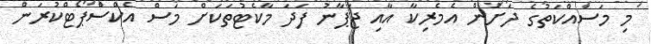
މި މަސައްކަތުގެ ދަށުން އެމެރިކާ އާއި ޖަޕާނު ފަދަ މާކެޓުތަކަށް މަސް އެކްސްޕޯޓްކުރަން